65_HS1-834228961_62-HQ-83894_Section_4
Agency: FBI
Page 127
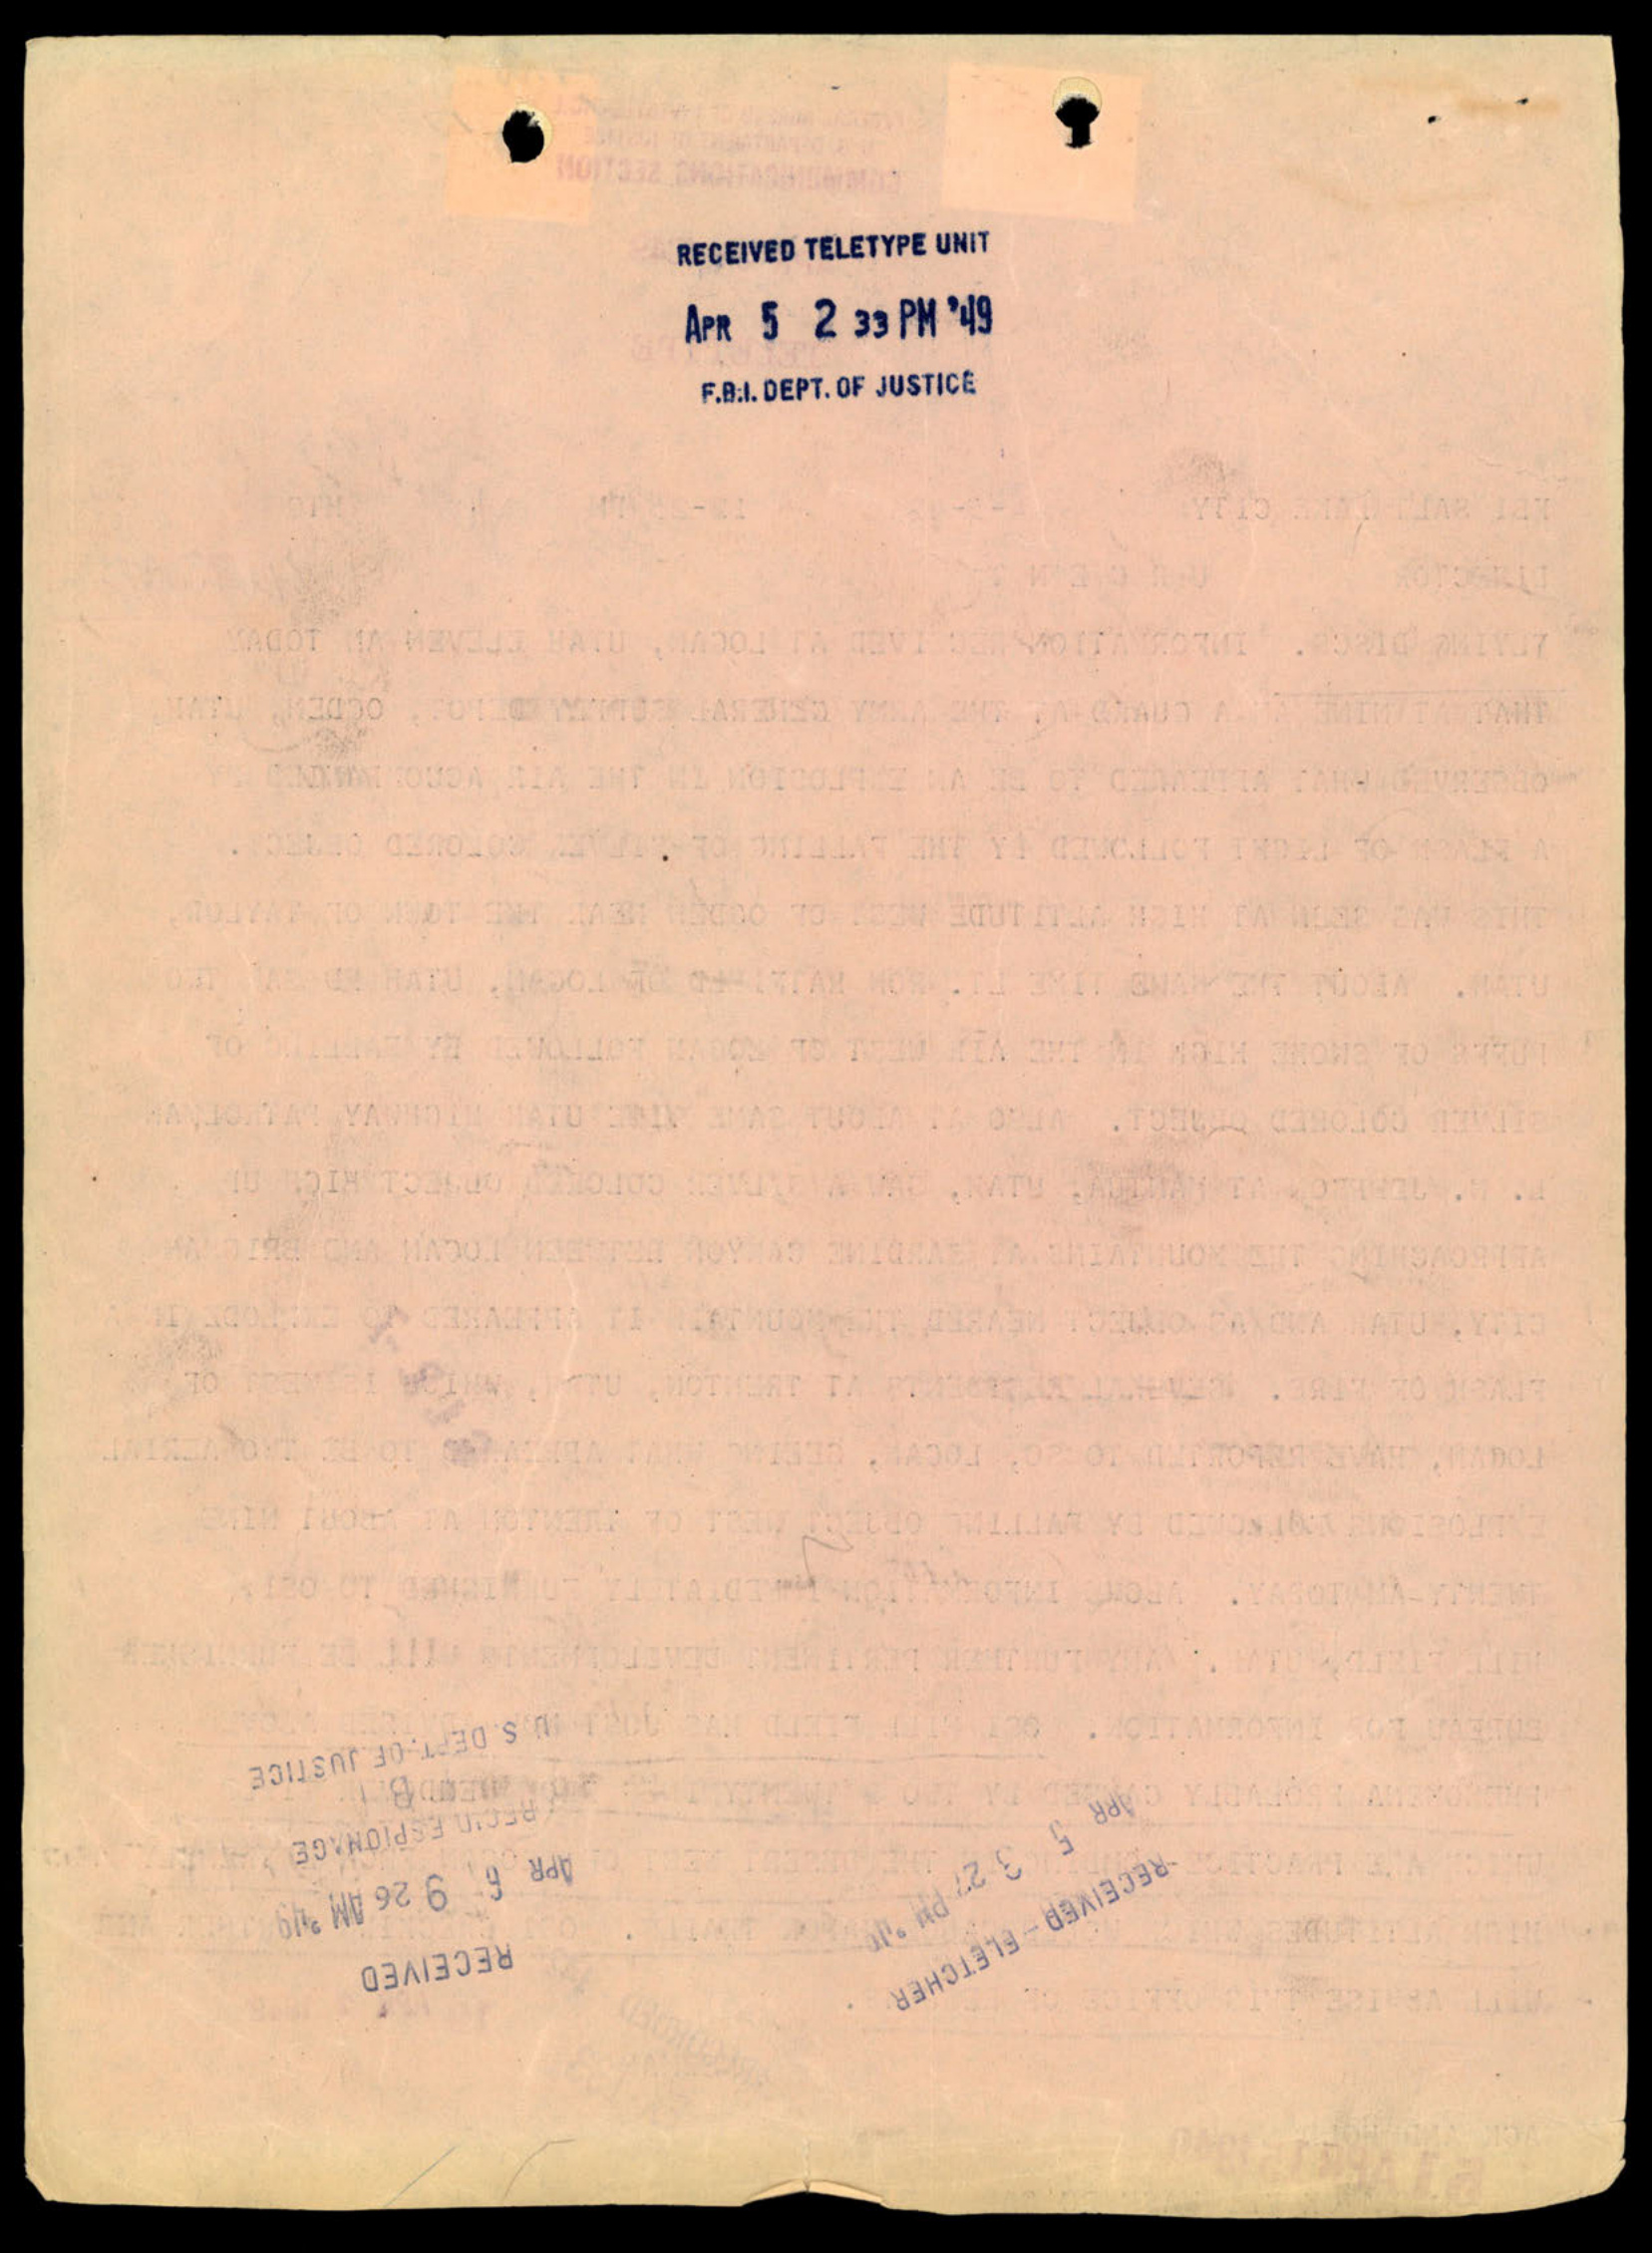